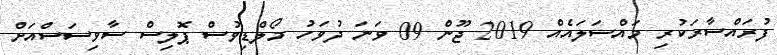
ފުރައްސާރަކުރި މައްސަލައެއް 2019 ޖޫން 09 ވަނަ ދުވަހު މޯލްޑިވުސް ޕޮލިސް ސާވިސަސްއަށް